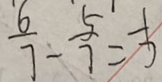
\frac { 6 } { 7 } - \frac { 5 } { 7 } = \frac { 1 } { 7 }